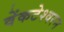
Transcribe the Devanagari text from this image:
वेंकटेश्वरन